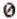
0